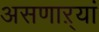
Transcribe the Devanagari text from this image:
असणाऱ्यां